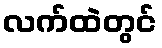
လက်ထဲတွင်